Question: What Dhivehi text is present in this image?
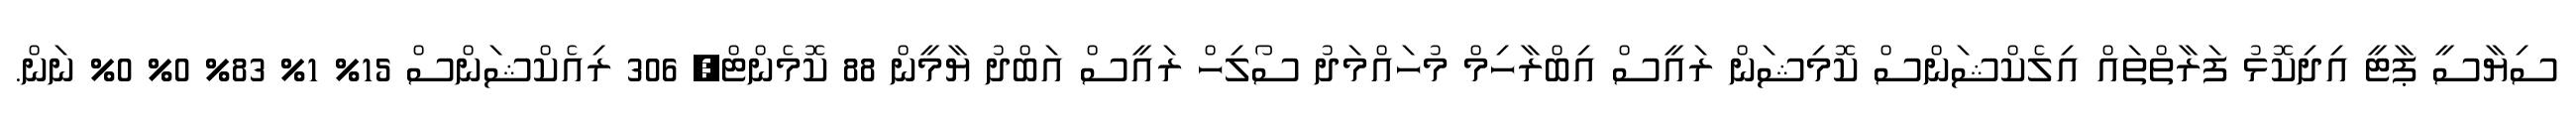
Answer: ސިޔާސީ ޕާޓީ އިދިކޮޅު ފަރާތްތައް އިލެކްޝަންސް ކޮމިޝަން ރައީސް އިބްރާހިމް މުހައްމަދު ސޯލިހް ރައީސް އަބްދު ޔާމީން 88 ކޮމެންޓް, 306 ރިއެކްޝަންސް 15% 1% 83% 0% 0% ނަން.